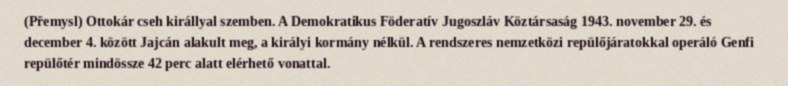
(Přemysl) Ottokár cseh királlyal szemben. A Demokratikus Föderatív Jugoszláv Köztársaság 1943. november 29. és december 4. között Jajcán alakult meg, a királyi kormány nélkül. A rendszeres nemzetközi repülőjáratokkal operáló Genfi repülőtér mindössze 42 perc alatt elérhető vonattal.